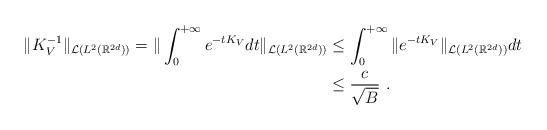
LaTeX: \begin{align*}\|K_{V}^{-1}\|_{\mathcal{L}(L^2(\mathbb{R}^{2d}))}=\|\displaystyle\int_0^{+\infty}e^{-tK_{V}}dt\|_{\mathcal{L}(L^2(\mathbb{R}^{2d}))}&\le\displaystyle\int_0^{+\infty}\|e^{-tK_{V}}\|_{\mathcal{L}(L^2(\mathbb{R}^{2d}))}dt\\&\le\frac{c}{\sqrt{B}}~.\end{align*}